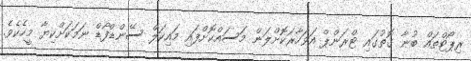
ރިޕޯޓްތައް ބުނާ ގޮތުގައި ޓްރަންޕް އަވަހާރަކޮށްލަން މަސައްކޮށްފައި މައިކަލް ސޭންޑްފޯޑް ނަމަކަށްކިޔާ މީހެކެވެ.